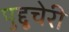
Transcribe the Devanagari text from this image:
पुद्दूचेरी